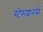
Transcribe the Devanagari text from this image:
स्टेसशनर्स